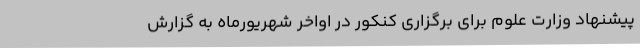
پیشنهاد وزارت علوم برای برگزاری کنکور در اواخر شهریورماه به گزارش